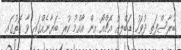
ބުރާސްފަތި ދުވަހު ޑަބްލިއު އެޗްއޯ އިން އާއްމު ކުރި ބަޔާނެއްގައި ވާ ގޮތުގައި